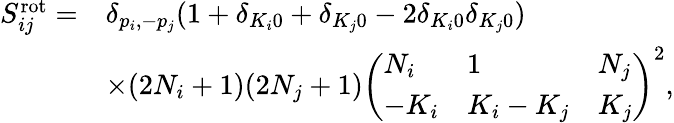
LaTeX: \begin{array}{rl}{S_{ij}^{\mathrm{rot}}=}&{\delta_{p_{i},-p_{j}}(1+\delta_{K_{i}0}+\delta_{K_{j}0}-2\delta_{K_{i}0}\delta_{K_{j}0})}\\ &{\times(2N_{i}+1)(2N_{j}+1)\left(\begin{array}{lll}{N_{i}}&{1}&{N_{j}}\\ {-K_{i}}&{K_{i}-K_{j}}&{K_{j}}\end{array}\right)^{2},}\end{array}